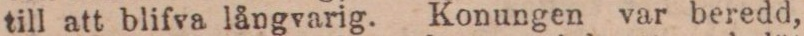
till att blifva långvarig. Konungen var beredd,